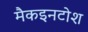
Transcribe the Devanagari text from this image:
मैकइनटोश